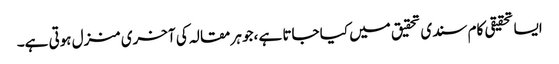
ایسا تحقیقی کام سندی تحقیق میں کیا جاتا ہے ،جو ہر مقالہ کی آخری منزل ہوتی ہے۔